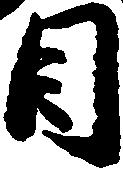
目